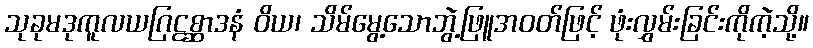
သုခုမဒုကူလယဂြဠစ္ဆာဒနံ ဝိယ၊ သိမ်မွေ့သောဘွဲ့ဖြူအဝတ်ဖြင့် ဖုံးလွှမ်းခြင်းကိုကဲ့သို့။